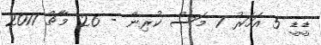
ޑީޑީ 5 އަހަރު 7 މަސް ކުރިން - 26 މާޗް 2011